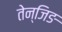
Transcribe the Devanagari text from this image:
तेन्जिङ